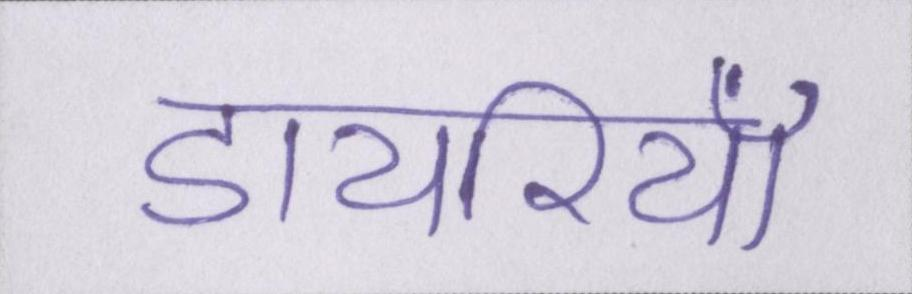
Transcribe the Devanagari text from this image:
डायरियाँ